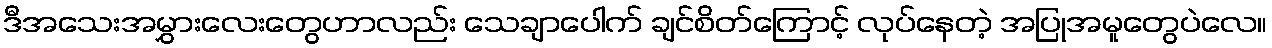
ဒီအသေးအမွှားလေးတွေဟာလည်း သေချာပေါက် ချင်စိတ်ကြောင့် လုပ်နေတဲ့ အပြုအမူတွေပဲလေ။